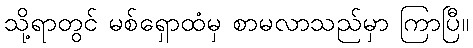
သို့ရာတွင် မစ်ရှောထံမှ စာမလာသည်မှာ ကြာပြီ။